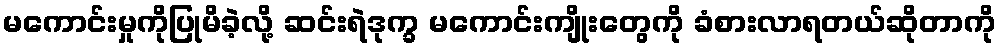
မကောင်းမှုကိုပြုမိခဲ့လို့ ဆင်းရဲဒုက္ခ မကောင်းကျိုးတွေကို ခံစားလာရတယ်ဆိုတာကို